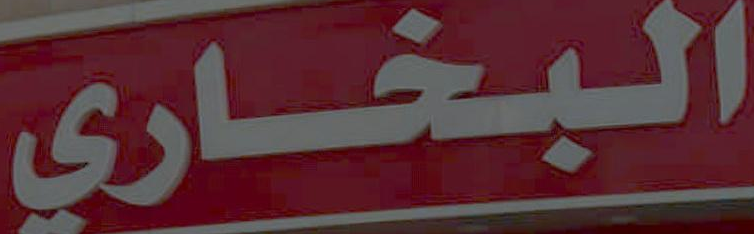
البخاري